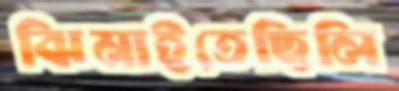
ঝিমাইতেছিলি